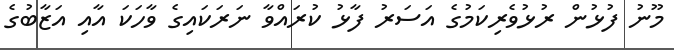
މޫނު ފުޅުން ރުޅުވެރިކަމުގެ އަސަރު ފާޅު ކުރައްވާ ނަރަކައިގެ ވާހަކަ އާއި އަޒާބުގެ